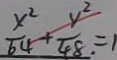
\frac { x ^ { 2 } } { 6 4 } + \frac { y ^ { 2 } } { 4 8 \cdot } = 1